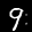
Label: 9